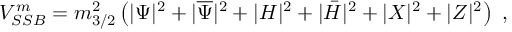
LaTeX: V _ { S S B } ^ { m } = m _ { 3 / 2 } ^ { 2 } \left( | \Psi | ^ { 2 } + | \overline { { { \Psi } } } | ^ { 2 } + | H | ^ { 2 } + | \bar { H } | ^ { 2 } + | X | ^ { 2 } + | Z | ^ { 2 } \right) ~ ,